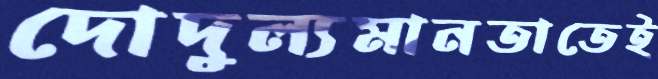
দোদুল্যমানতাতেই